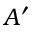
A ^ { \prime }